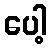
ပေါ့